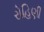
રોહિણી